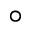
^ \circ